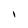
Character: 1